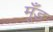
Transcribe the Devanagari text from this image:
मूँड़